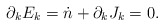
\begin{align*}\partial_{k}E_{k}=\dot n + \partial_{k}J_{k} = 0.\end{align*}